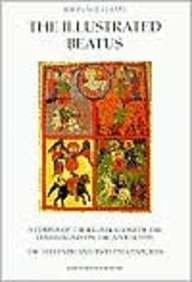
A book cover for The Illustrated Beatus: The Eleventh and Twelfth Centuries (Vol 4); John Williams; Arts & Photography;